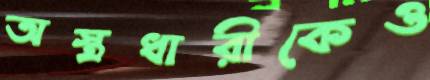
অস্ত্রধারীকেও